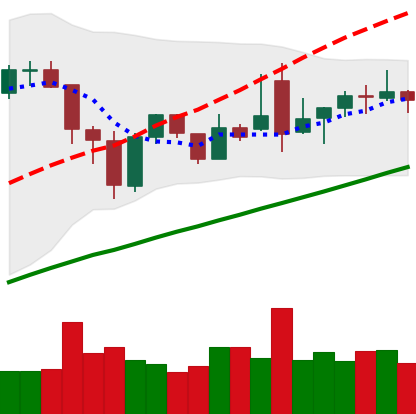
Ticker: BNB-USD
Chart end date: 2021-12-02
Forward return: -6.422%
Label: down_5_7